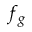
f _ { g }